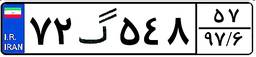
۷۲گ۵۴۸۵۷